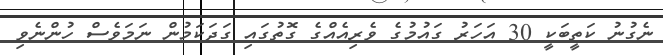
ނެގުނު ކަތީބަކީ 30 އަހަރު ގައުމުގެ ވެރިއެއްގެ ގޮތުގައި ގަދަކަމުން ނަމަވެސް ހުންނެވި